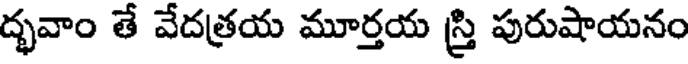
ద్భవాం తే వేదత్రయ మూర్తయ స్త్రి పురుషాయనం